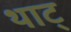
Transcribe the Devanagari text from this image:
थाट्